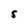
Character: s